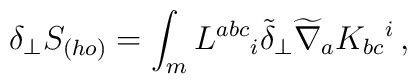
\delta_\perp S_{(ho)} = \int_m L^{abc}{}_i \tilde\delta_\perp\widetilde\nabla_a K_{bc}{}^i \,,